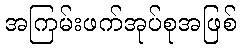
အကြမ်းဖက်အုပ်စုအဖြစ်